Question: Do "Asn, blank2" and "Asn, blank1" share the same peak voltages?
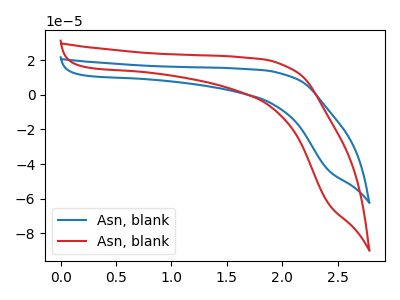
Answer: <think>The blue curve "Asn, blank1" has no peaks. The red curve "Asn, blank2" has no peaks.</think>
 <answer>Niether CV has any peaks.</answer>
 <eval>blanks</eval>